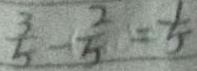
\frac { 3 } { 5 } - \frac { 2 } { 5 } = \frac { 1 } { 5 }